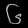
Digit: ၆